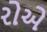
રોએ